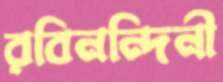
রবিনন্দিনী